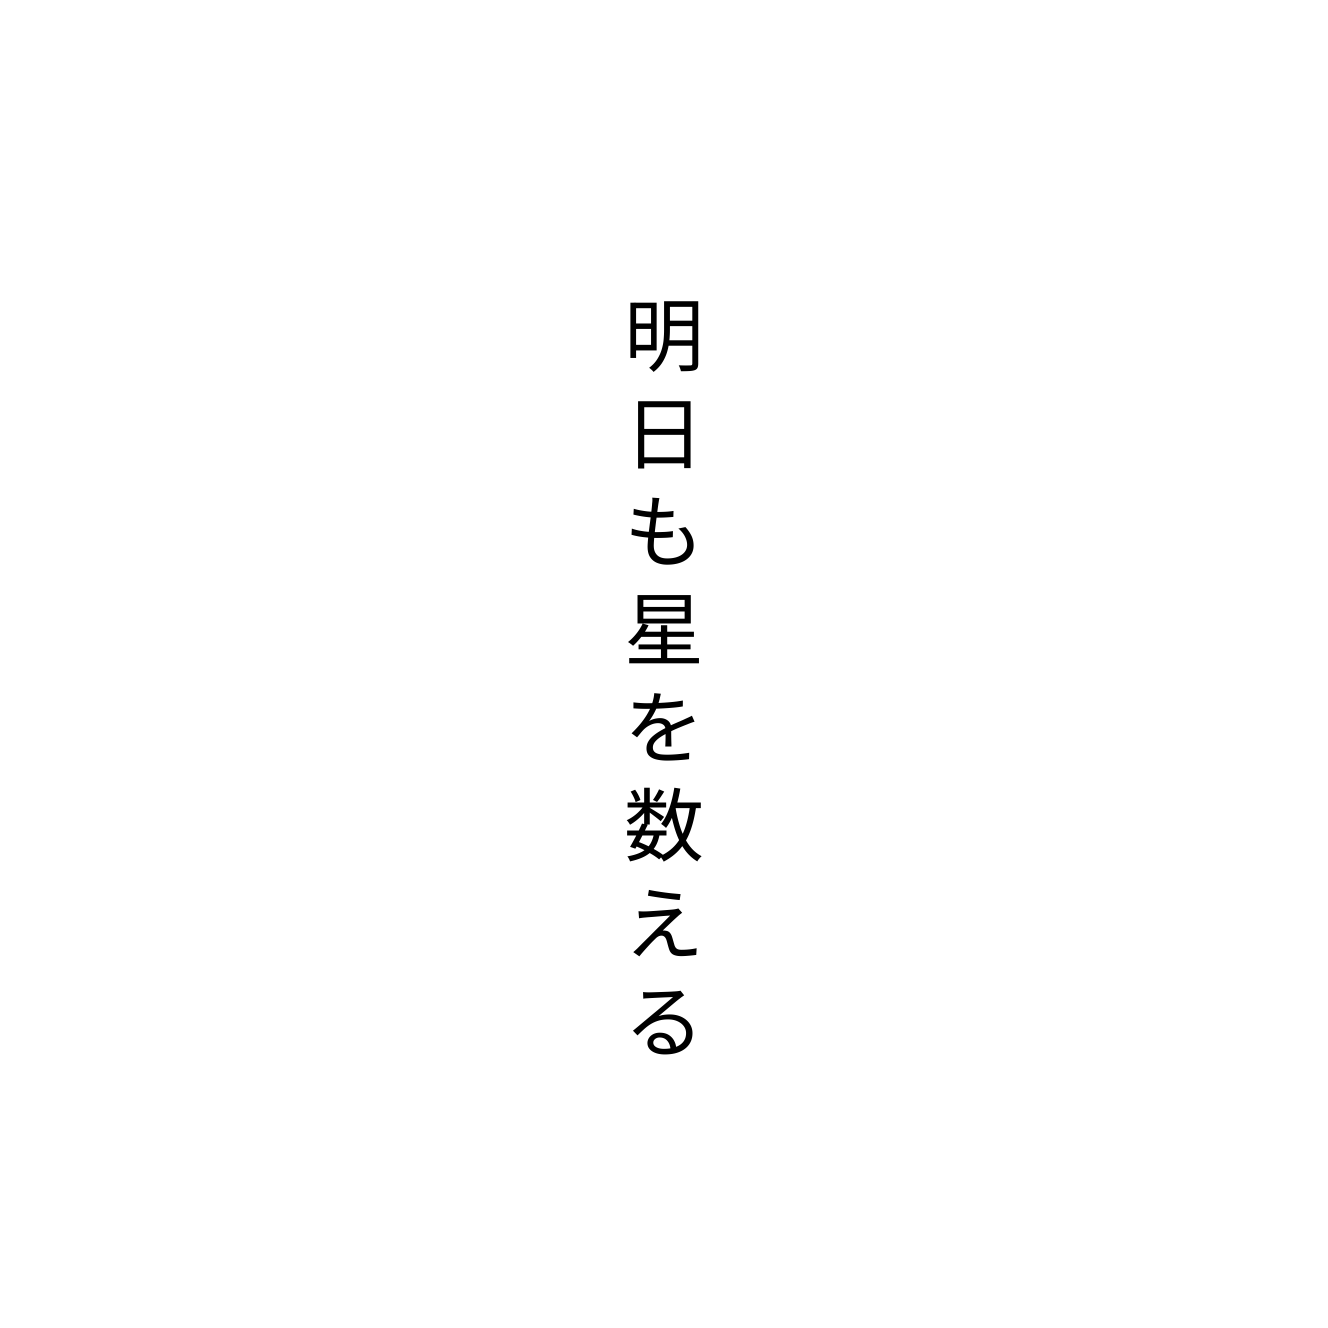
明日も星を数える